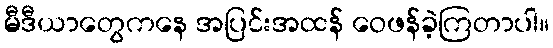
မီဒီယာတွေကနေ အပြင်းအထန် ဝေဖန်ခဲ့ကြတာပါ။